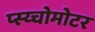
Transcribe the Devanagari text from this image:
प्स्य्चोमोटर